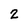
Character: 2